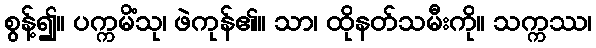
စွန့်၍။ ပက္ကမိံသု၊ ဖဲကုန်၏။ သာ၊ ထိုနတ်သမီးကို။ သက္ကဿ၊